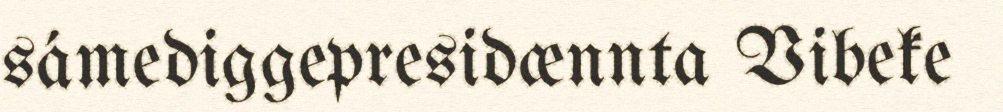
sámediggepresidænnta Vibeke